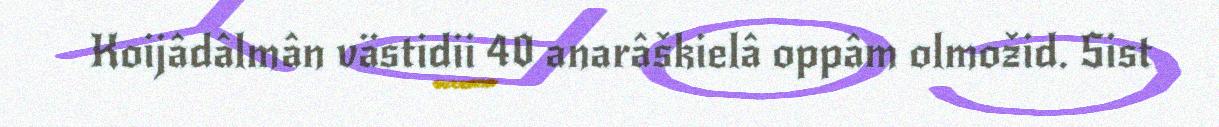
Koijâdâlmân västidii 40 anarâškielâ oppâm olmožid. Sist